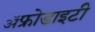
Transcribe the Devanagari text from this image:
ॲफ्रोडाइटी